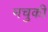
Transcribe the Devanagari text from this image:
मचुकी